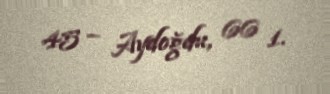
45 – Aydoğdu, 66 1.